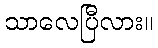
သာလေပြီလား။